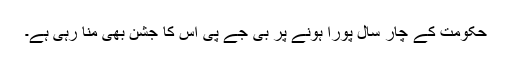
حکومت کے چار سال پورا ہونے پر بی جے پی اس کا جشن بھی منا رہی ہے۔